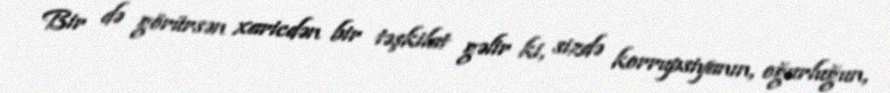
Bir də görürsən xaricdən bir təşkilat gəlir ki, sizdə korrupsiyanın, oğurluğun,